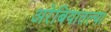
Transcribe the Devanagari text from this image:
अरेबियातल्या